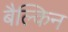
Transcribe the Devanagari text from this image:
बैल्किन